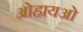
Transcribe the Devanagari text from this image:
ओहायओ